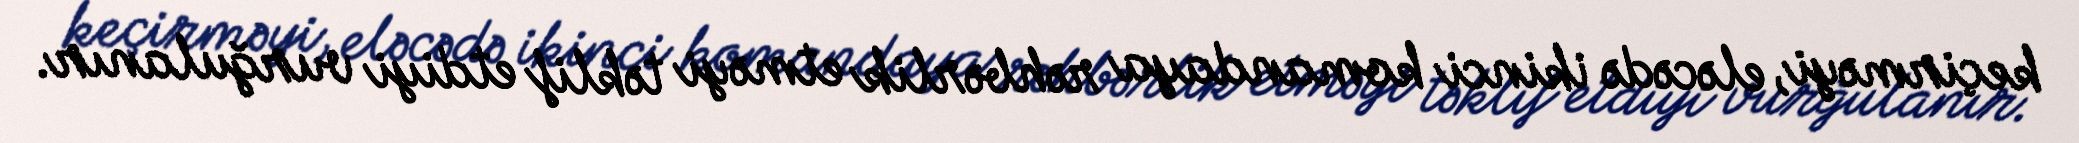
keçirməyi, eləcədə ikinci komandaya rəhbərlik etməyi təklif etdiyi vurğulanır.